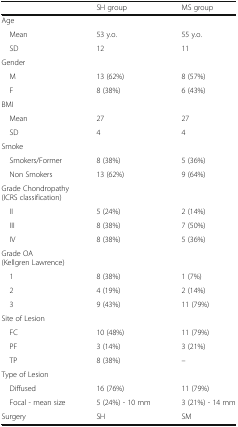
|  | SH group | MS group |
 | --- | --- | --- |
 | <COLSPAN=3> Age |
 | Mean | 53 y.o. | 55 y.o. |
 | SD | 12 | 11 |
 | <COLSPAN=3> Gender |
 | M | 13 (62%) | 8 (57%) |
 | F | 8 (38%) | 6 (43%) |
 | <COLSPAN=3> BMI |
 | Mean | 27 | 27 |
 | SD | 4 | 4 |
 | <COLSPAN=3> Smoke |
 | Smokers/Former | 8 (38%) | 5 (36%) |
 | Non Smokers | 13 (62%) | 9 (64%) |
 | <COLSPAN=3> Grade Chondropathy(ICRS classification) |
 | II | 5 (24%) | 2 (14%) |
 | III | 8 (38%) | 7 (50%) |
 | IV | 8 (38%) | 5 (36%) |
 | <COLSPAN=3> Grade OA(Kellgren Lawrence) |
 | 1 | 8 (38%) | 1 (7%) |
 | 2 | 4 (19%) | 2 (14%) |
 | 3 | 9 (43%) | 11 (79%) |
 | <COLSPAN=3> Site of Lesion |
 | FC | 10 (48%) | 11 (79%) |
 | PF | 3 (14%) | 3 (21%) |
 | TP | 8 (38%) | – |
 | Type of Lesion |  |  |
 | Diffused | 16 (76%) | 11 (79%) |
 | Focal - mean size | 5 (24%) - 10 mm | 3 (21%) - 14 mm |
 | Surgery | SH | SM |